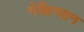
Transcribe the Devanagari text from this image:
नेव्हिगशन